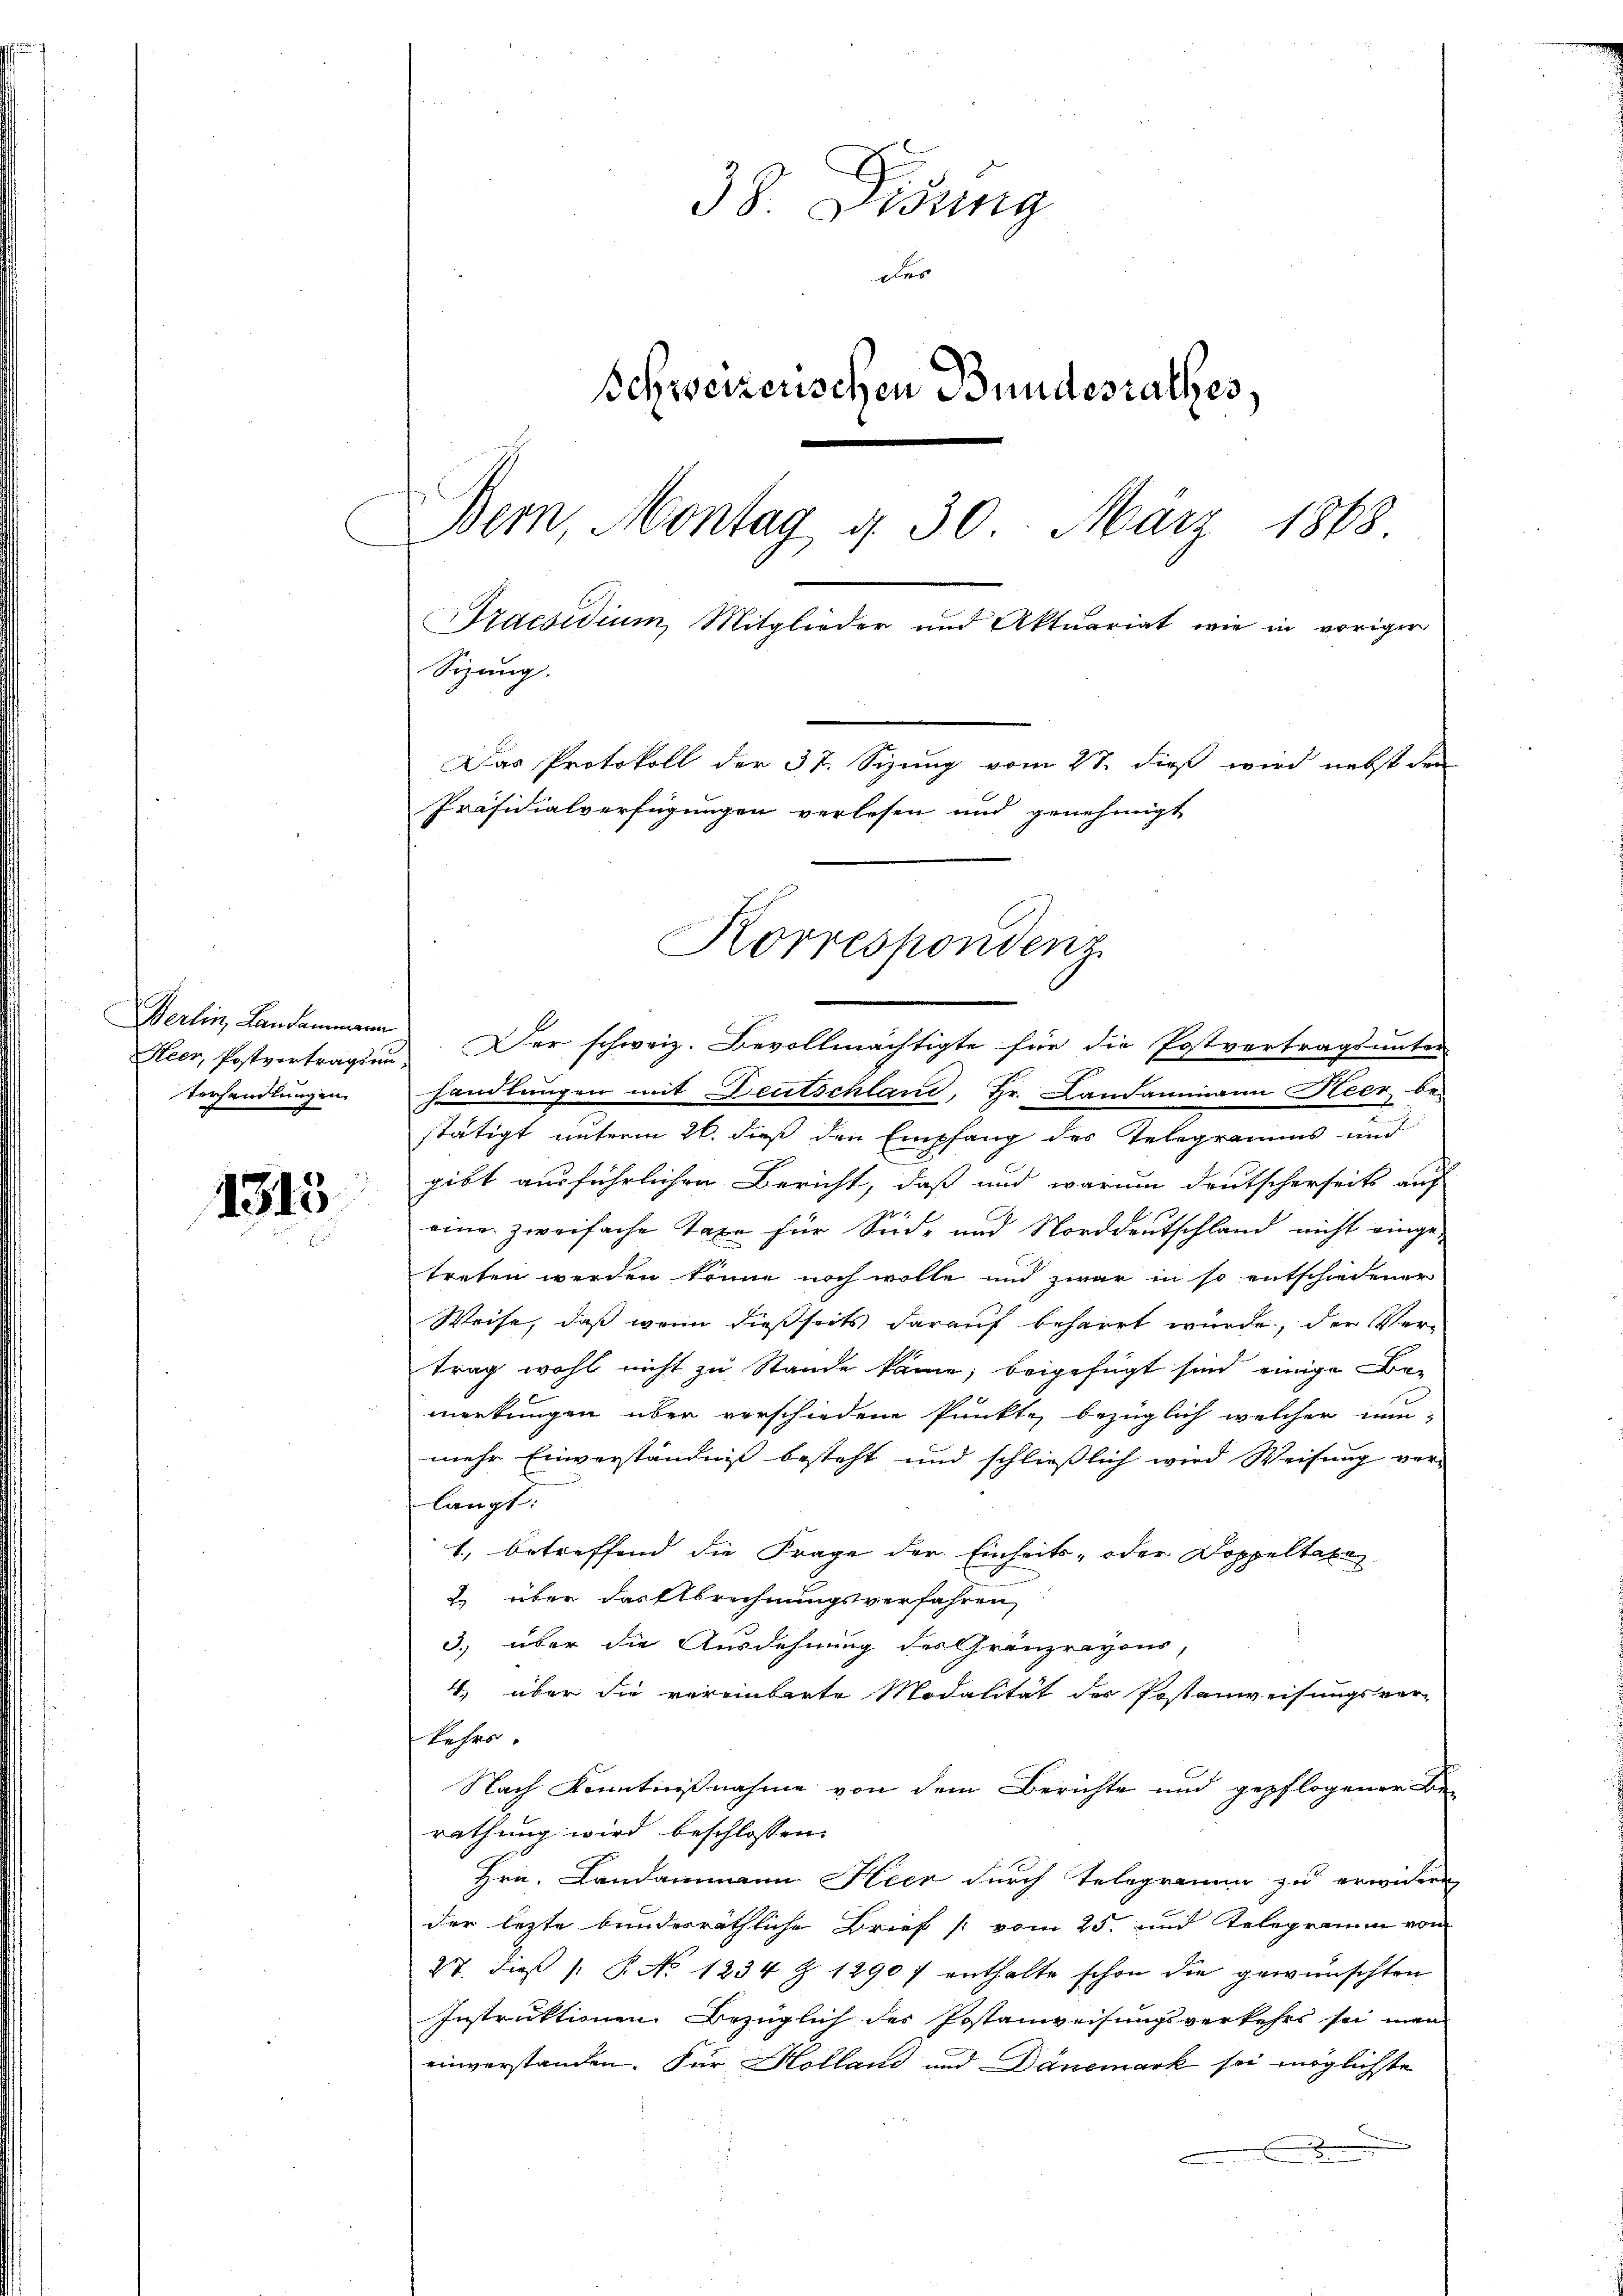
Heer, Postvertragsun¬
Verhandlungen

1315

38. Disung
D
Schweizerischen Bundesrathes,
Bern, Montag d. 30. März 1868.
Praesidium, Mitglieder und Aktuariat wie in voriger
Sizung.
Das Protokoll der 37. Sizung vom 27. dieß wird nebst den
Präsidialverfügungen verlesen und genehmigt

Berlin, Landammann. Der schweiz. Bevollmächtigte für die Postvertragsunter-
handlungen mit Deutschland, Hr. Landammann Heer be-
stätigt unterm 26. dieß den Empfang des Telegramms und
gibt ausführlichen Bericht, daß und warum deutscherseits auf
eine zweifache Taxe für Süd- und Norddeutschland nicht einge-
treten werden könne noch wolle und zwar in so entschiedener
Weise, daß wenn dießseits darauf beharrt wurde, der Vertrag wohl nicht zu Stande käme; beigefügt sind einige Bemerkungen über verschiedene Punkte, bezüglich welcher nun-
mehr Einverständniß besteht und schließlich wird Weisung ver-
langt:
1., betreffend die Frage der Einheits- oder Doppeltate
2 über das Abrechnungsverfahren,
3.) über die Ausdehnung des Gränzreyons,
4) über die vereinbarte Modalität des Postanweisungsver-
kehrs.
Nach Kenntnißnahme von dem Berichte und gepflogener Be-
rathung wird beschlossen:
Hrn. Landammann Heer durch Telegramm zu erwidern
der lezte bundesräthliche Brief [vom 25. und Telegramm vom
27. dieß (: P. No 1234 Z. 12907 enthalte schon die gewünschten
Instruktionen Bezüglich des Postanweisungsverkehrs sei man
einverstanden. Für Holland und Dänemark sei möglichste
x

Korrespondenz